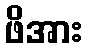
ဖိအား